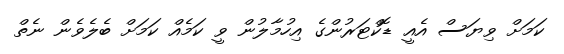
ކަމަށް ވިޔަސް އެއީ ޑޮކްޓަރުންގެ އިހުމާލުން ވީ ކަމެއް ކަމަށް ބެލެވެން ނެތް